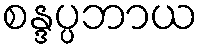
စန္ဒပ္ပဘာယ